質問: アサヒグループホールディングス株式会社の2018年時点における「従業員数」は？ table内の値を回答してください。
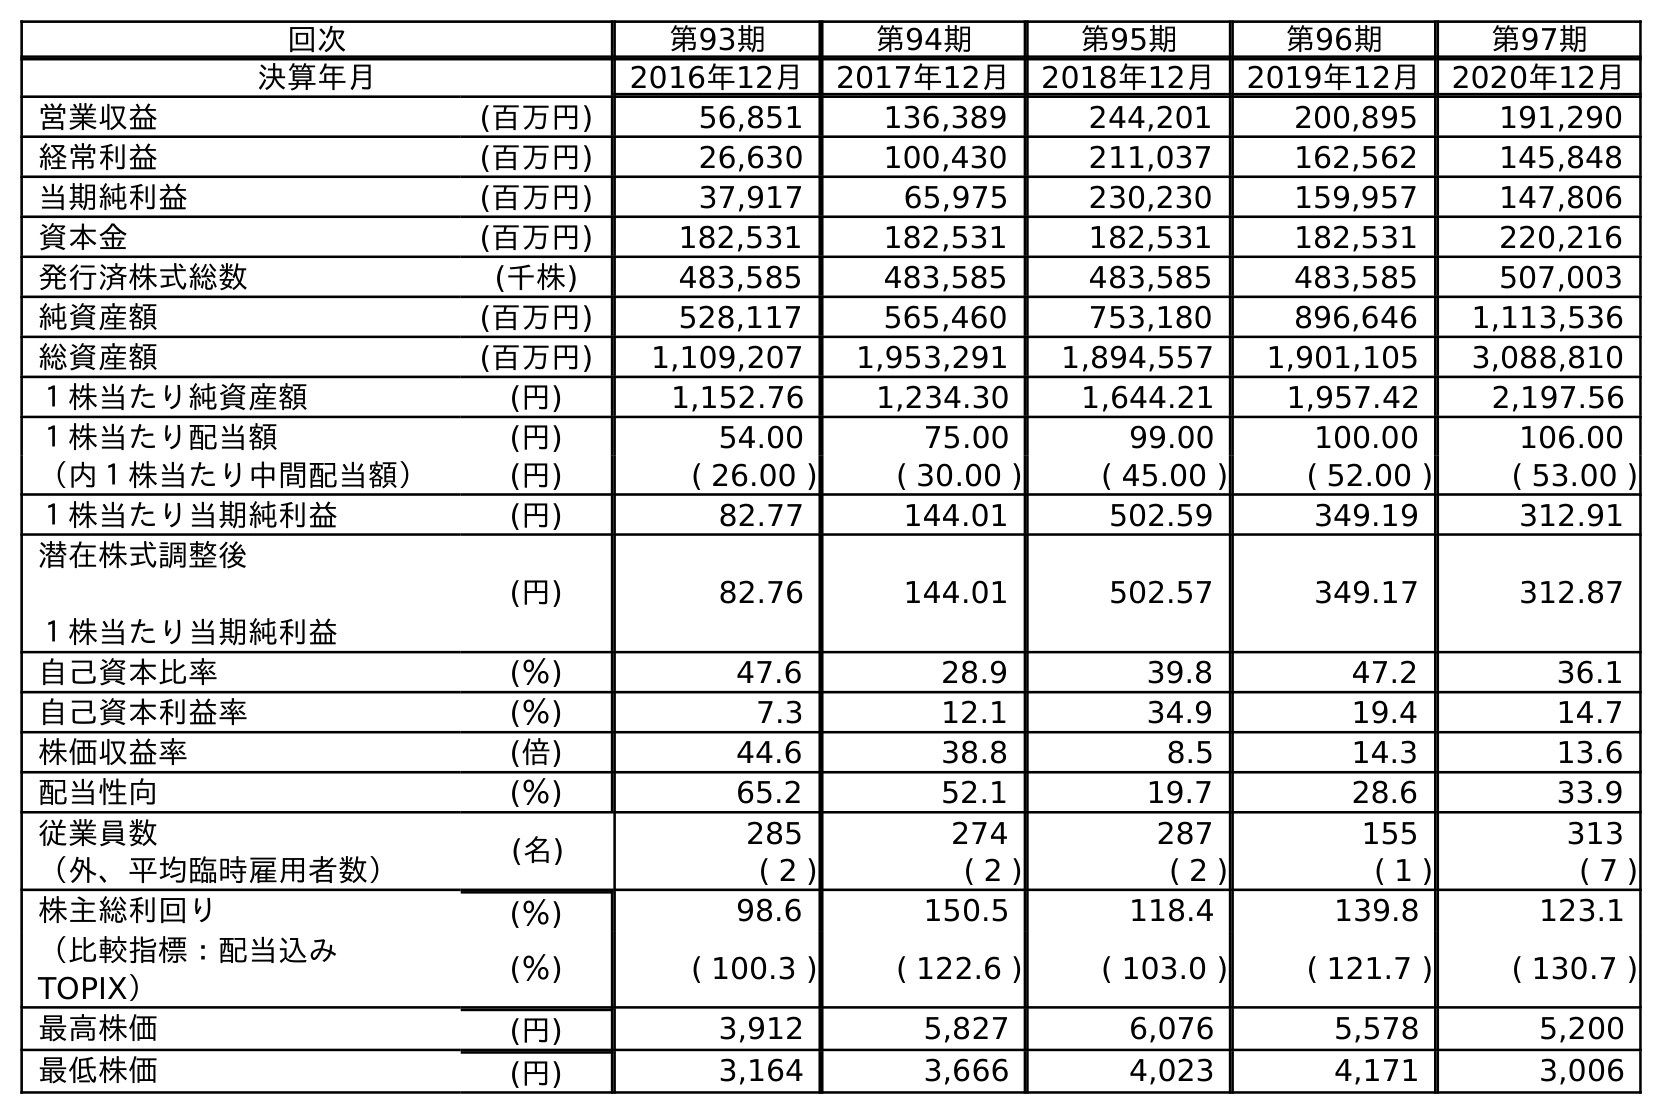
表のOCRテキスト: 回次 第93期 第94期 第95期 第96期 第97期 決算年月 2016年12月 2017年12月 2018年12月 2019年12月 2020年12月 営業収益 (百万円) 56,851 136,389 244,201 200,895 191,290 経常利益 (百万円) 26,630 100,430 211,037 162,562 145,848 当期純利益 (百万円) 37,917 65,975 230,230 159,957 147,806 資本金 (百万円) 182,531 182,531 182,531 182,531 220,216 発行済株式総数 (千株) 483,585 483,585 483,585 483,585 507,003 純資産額 (百万円) 528,117 565,460 753,180 896,646 1,113,536 総資産額 (百万円) 1,109,207 1,953,291 1,894,557 1,901,105 3,088,810 １株当たり純資産額 (円) 1,152.76 1,234.30 1,644.21 1,957.42 2,197.56 １株当たり配当額 (円) 54.00 75.00 99.00 100.00 106.00 （内１株当たり中間配当額） (円) ( 26.00 ) ( 30.00 ) ( 45.00 ) ( 52.00 ) ( 53.00 ) １株当たり当期純利益 (円) 82.77 144.01 502.59 349.19 312.91 潜在株式調整後 １株当たり当期純利益 (円) 82.76 144.01 502.57 349.17 312.87 自己資本比率 (％) 47.6 28.9 39.8 47.2 36.1 自己資本利益率 (％) 7.3 12.1 34.9 19.4 14.7 株価収益率 (倍) 44.6 38.8 8.5 14.3 13.6 配当性向 (％) 65.2 52.1 19.7 28.6 33.9 従業員数 (名) 285 274 287 155 313 （外、平均臨時雇用者数） ( 2 ) ( 2 ) ( 2 ) ( 1 ) ( 7 ) 株主総利回り (％) 98.6 150.5 118.4 139.8 123.1 （比較指標：配当込み TOPIX） (％) ( 100.3 ) ( 122.6 ) ( 103.0 ) ( 121.7 ) ( 130.7 ) 最高株価 (円) 3,912 5,827 6,076 5,578 5,200 最低株価 (円) 3,164 3,666 4,023 4,171 3,006
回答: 287